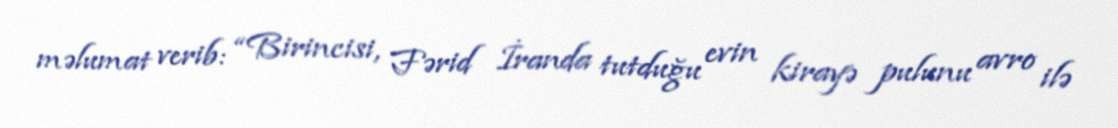
məlumat verib: “Birincisi, Fərid İranda tutduğu evin kirayə pulunu avro ilə